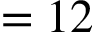
= 1 2